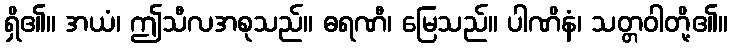
ရှိ၏။ အယံ၊ ဤသီလအစုသည်။ ဓရဏီ၊ မြေသည်။ ပါဏိနံ၊ သတ္တဝါတို့၏။